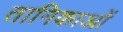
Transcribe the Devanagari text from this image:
तानिकाओं